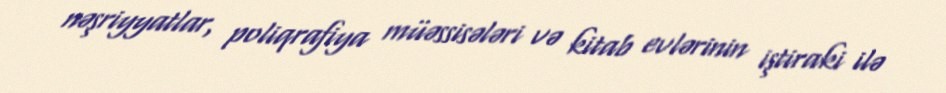
nəşriyyatlar, poliqrafiya müəssisələri və kitab evlərinin iştiraki ilə